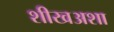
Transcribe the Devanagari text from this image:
शीखअशा